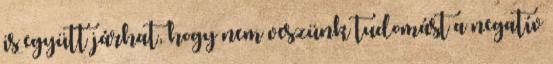
is együtt járhat, hogy nem veszünk tudomást a negatív